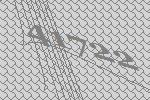
41722